Civil Veterinary Department. Madras. Admin. report 1910-25 - 1910-1925
Year: 1910
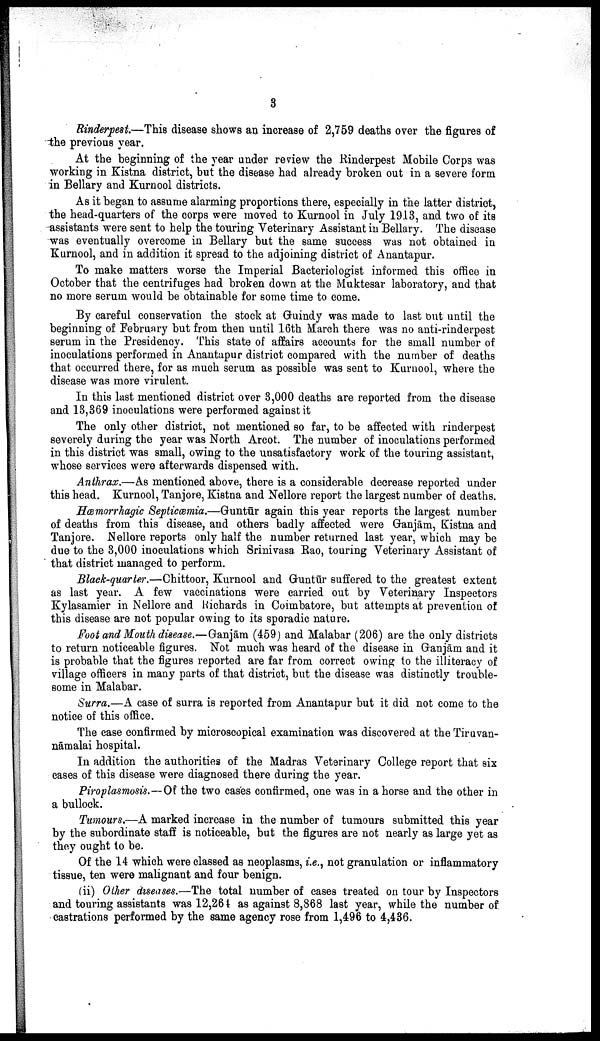
3
Rinderpest—This disease shows an increase of 2,759 deaths over the figures of
the previous year.
At the beginning of the year under review the Rinderpest Mobile Corps was
working in Kistna district, but the disease had already broken out in a severe form
in Bellary and Kurnool districts.
As it began to assume alarming proportions there, especially in the latter district,
the head-quarters of the corps were moved to Kurnool in July 1913, and two of its
assistants were sent to help the touring Veterinary Assistant in Bellary. The disease
was eventually overcome in Bellary but the same success was not obtained in
Kurnool, and in addition it spread to the adjoining district of Anantapur.
To make matters worse the Imperial Bacteriologist informed this office in
October that the centrifuges had broken down at the Muktesar laboratory, and that
no more serum would be obtainable for some time to come.
By careful conservation the stock at Guindy was made to last out until the
beginning of February but from then until 16th March there was no anti-rinderpest
serum in the Presidency. This state of affairs accounts for the small number of
inoculations performed in Anantapur district compared with the number of deaths
that occurred there, for as much serum as possible was sent to Kurnool, where the
disease was more virulent.
In this last mentioned district over 3,000 deaths are reported from the disease
and 13,369 inoculations were performed against it
The only other district, not mentioned so far, to be affected with rinderpest
severely during the year was North Arcot. The number of inoculations performed
in this district was small, owing to the unsatisfactory work of the touring assistant,
whose services were afterwards dispensed with.
Anthrax.—As mentioned above, there is a considerable decrease reported under
this head. Kurnool, Tanjore, Kistna and Nellore report the largest number of deaths.
Hæmorrhagic Septicæmia.—Guntūr again this year reports the largest number
of deaths from this disease, and others badly affected were Ganjām, Kistna and
Tanjore. Nellore reports only half the number returned last year, which may be
due to the 3,000 inoculations which Srinivasa Rao, touring Veterinary Assistant of
that district managed to perform.
Black-quarter.—Chittoor, Kurnool and Guntūr suffered to the greatest extent
as last year. A few vaccinations were carried out by Veterinary Inspectors
Kylasamier in Nellore and Richards in Coimbatore, but attempts at prevention of
this disease are not popular owing to its sporadic nature.
Foot and Mouth disease.—Ganjām (459) and Malabar (206) are the only districts
to return noticeable figures. Not much was heard of the disease in Ganjām and it
is probable that the figures reported are far from correct owing to the illiteracy of
village officers in many parts of that district, but the disease was distinctly trouble
some in Malabar.
Surra.—A case of surra is reported from Anantapur but it did not come to the
notice of this office.
The case confirmed by microscopical examination was discovered at the Tiruvan-
nāmalai hospital.
In addition the authorities of the Madras Veterinary College report that six
cases of this disease were diagnosed there during the year.
Piroplasmosis.—Of the two cases confirmed, one was in a horse and the other in
a bullock.
Tumours.—A marked increase in the number of tumours submitted this year
by the subordinate staff is noticeable, but the figures are not nearly as large yet as
they ought to be.
Of the 14 which were classed as neoplasms, i.e., not granulation or inflammatory
tissue, ten were malignant and four benign.
(ii) Other diseases.—The total number of cases treated on tour by Inspectors
and touring assistants was 12,264 as against 8,868 last year, while the number of
castrations performed by the same agency rose from 1,496 to 4,436.